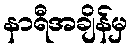
နာရီအချိန်မှ